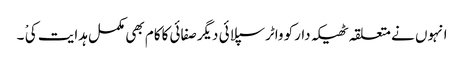
انہوں نے متعلقہ ٹھیکہ دارکو واٹرسپلائی دیگرصفائی کاکام بھی مکمل ہدایت کی ْ ۔